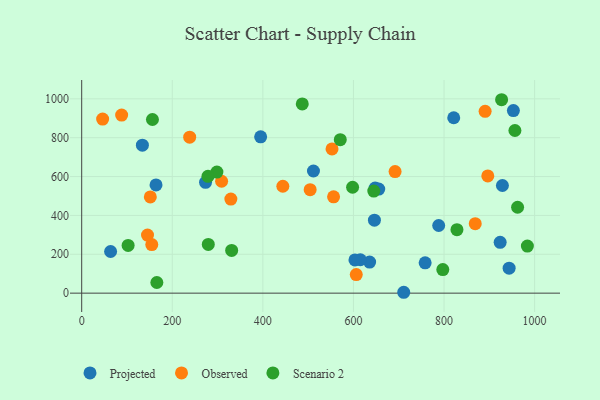
{"axis": {"x": "Study Hours", "y": "Sales"}, "legend": ["Observed", "Projected", "Scenario 2"], "data": [{"x": "63.8", "y": 214.4, "type": "Projected"}, {"x": "758.3", "y": 156.1, "type": "Projected"}, {"x": "395.1", "y": 804.3, "type": "Projected"}, {"x": "134.0", "y": 761.4, "type": "Projected"}, {"x": "953.1", "y": 939.4, "type": "Projected"}, {"x": "635.7", "y": 159.9, "type": "Projected"}, {"x": "511.7", "y": 628.7, "type": "Projected"}, {"x": "646.3", "y": 375.5, "type": "Projected"}, {"x": "647.9", "y": 540.6, "type": "Projected"}, {"x": "615.2", "y": 171.9, "type": "Projected"}, {"x": "943.7", "y": 128.7, "type": "Projected"}, {"x": "923.9", "y": 261.5, "type": "Projected"}, {"x": "711.0", "y": 4.5, "type": "Projected"}, {"x": "164.1", "y": 557.0, "type": "Projected"}, {"x": "788.2", "y": 348.2, "type": "Projected"}, {"x": "821.4", "y": 902.6, "type": "Projected"}, {"x": "928.9", "y": 554.1, "type": "Projected"}, {"x": "273.4", "y": 570.1, "type": "Projected"}, {"x": "603.3", "y": 170.8, "type": "Projected"}, {"x": "655.8", "y": 535.8, "type": "Projected"}, {"x": "606.2", "y": 95.4, "type": "Observed"}, {"x": "896.6", "y": 603.2, "type": "Observed"}, {"x": "308.9", "y": 575.8, "type": "Observed"}, {"x": "154.7", "y": 250.2, "type": "Observed"}, {"x": "868.9", "y": 357.6, "type": "Observed"}, {"x": "552.7", "y": 742.1, "type": "Observed"}, {"x": "151.5", "y": 495.3, "type": "Observed"}, {"x": "46.2", "y": 895.7, "type": "Observed"}, {"x": "890.7", "y": 935.8, "type": "Observed"}, {"x": "238.4", "y": 802.9, "type": "Observed"}, {"x": "504.4", "y": 532.4, "type": "Observed"}, {"x": "691.9", "y": 625.4, "type": "Observed"}, {"x": "444.1", "y": 550.1, "type": "Observed"}, {"x": "329.3", "y": 483.9, "type": "Observed"}, {"x": "88.2", "y": 916.6, "type": "Observed"}, {"x": "145.3", "y": 299.1, "type": "Observed"}, {"x": "556.1", "y": 495.9, "type": "Observed"}, {"x": "927.1", "y": 995.4, "type": "Scenario 2"}, {"x": "570.9", "y": 789.6, "type": "Scenario 2"}, {"x": "298.5", "y": 623.2, "type": "Scenario 2"}, {"x": "279.5", "y": 250.5, "type": "Scenario 2"}, {"x": "487.0", "y": 973.9, "type": "Scenario 2"}, {"x": "331.1", "y": 220.1, "type": "Scenario 2"}, {"x": "278.8", "y": 601.2, "type": "Scenario 2"}, {"x": "156.2", "y": 893.6, "type": "Scenario 2"}, {"x": "797.3", "y": 121.3, "type": "Scenario 2"}, {"x": "165.9", "y": 54.9, "type": "Scenario 2"}, {"x": "102.5", "y": 245.6, "type": "Scenario 2"}, {"x": "598.1", "y": 545.1, "type": "Scenario 2"}, {"x": "984.0", "y": 242.0, "type": "Scenario 2"}, {"x": "644.9", "y": 525.5, "type": "Scenario 2"}, {"x": "956.5", "y": 837.1, "type": "Scenario 2"}, {"x": "962.4", "y": 442.0, "type": "Scenario 2"}, {"x": "828.5", "y": 326.6, "type": "Scenario 2"}]}